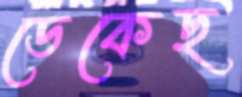
ডেকেছ